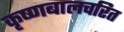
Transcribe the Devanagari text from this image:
कृष्णबालचरित